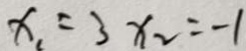
x _ { 1 } = 3 x _ { 2 } = - 1